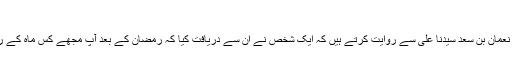
(رواہ مسلم)
سنن ابوداود اور سنن الدارمی میں نعمان بن سعد سیدنا علیؓ سے روایت کرتے ہیں کہ ایک شخص نے ان سے دریافت کیا کہ رمضان کے بعد آپ مجھے کس ماہ کے روزے رکھنے کا حکم دیتے ہیں؟